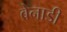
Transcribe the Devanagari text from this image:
बेनाडी